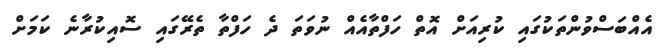
އެއްބަސްވުންތަކުގައި ކުރިއަށް އޮތް ހަފްތާއެއް ނުވަތަ ދެ ހަފްތާ ތެރޭގައި ސޮއިކުރާނެ ކަމަށް